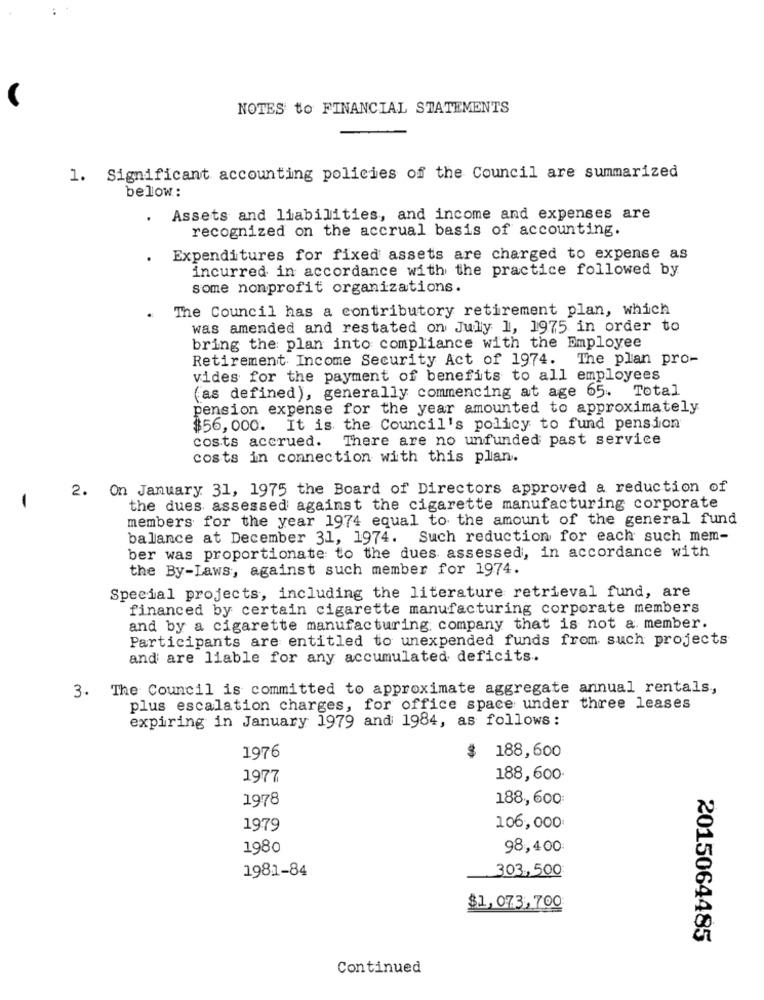
NOTES to FINANCIAL STATEMENTS
1. Significant accounting policies of the Council are summarized
below:
. Assets and liabilities, and income and expenses are
recognized on the accrual basis of accounting.
Expenditures for fixed assets are charged to expense as
incurred in accordance with the practice followed by
some nonprofit organizations.
The Council has a contributory retirement plan, which
was amended and restated on July 1, 1975 in order to
bring the plan into compliance with the Employee
Retirement Income Security Act of 1974. The plan pro-
vides for the payment of benefits to all employees
(as defined), generally commencing at age 65. Total
pension expense for the year amounted to approximately
$56, 000. It is the Council's policy to fund pension
costs accrued.
There are no unfunded past service
costs in connection with this plan.
2.
On January 31, 1975 the Board of Directors approved a reduction of
the dues assessed against the cigarette manufacturing corporate
members for the year 1974 equal to the amount of the general fund
balance at December 31, 1974. Such reduction for each such mem-
ber was proportionate to the dues assessed, in accordance with
the By-Laws, against such member for 1974.
Special projects, including the literature retrieval fund, are
financed by certain cigarette manufacturing corporate members
and by a cigarette manufacturing company that is not a member.
Participants are entitled to unexpended funds from such projects
and are liable for any accumulated deficits.
3. The Council is committed to approximate aggregate annual rentals,
plus escalation charges, for office space under three leases
expiring in January 1979 and 1984, as follows:
1976
188,600
1977
188,600.
1978
188, 600:
1979
106,000
1980
98,400:
1981-84
303,500
$1,073,700
2015064485
Continued